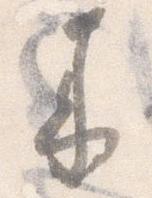
来